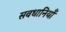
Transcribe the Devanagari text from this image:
सवधानियाँ